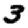
Digit: 3